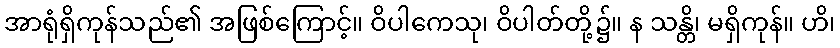
အာရုံရှိကုန်သည်၏ အဖြစ်ကြောင့်။ ဝိပါကေသု၊ ဝိပါတ်တို့၌။ န သန္တိ၊ မရှိကုန်။ ဟိ၊